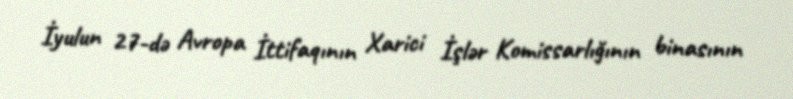
İyulun 27-də Avropa İttifaqının Xarici İşlər Komissarlığının binasının